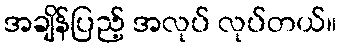
အချိန်ပြည့် အလုပ် လုပ်တယ်။